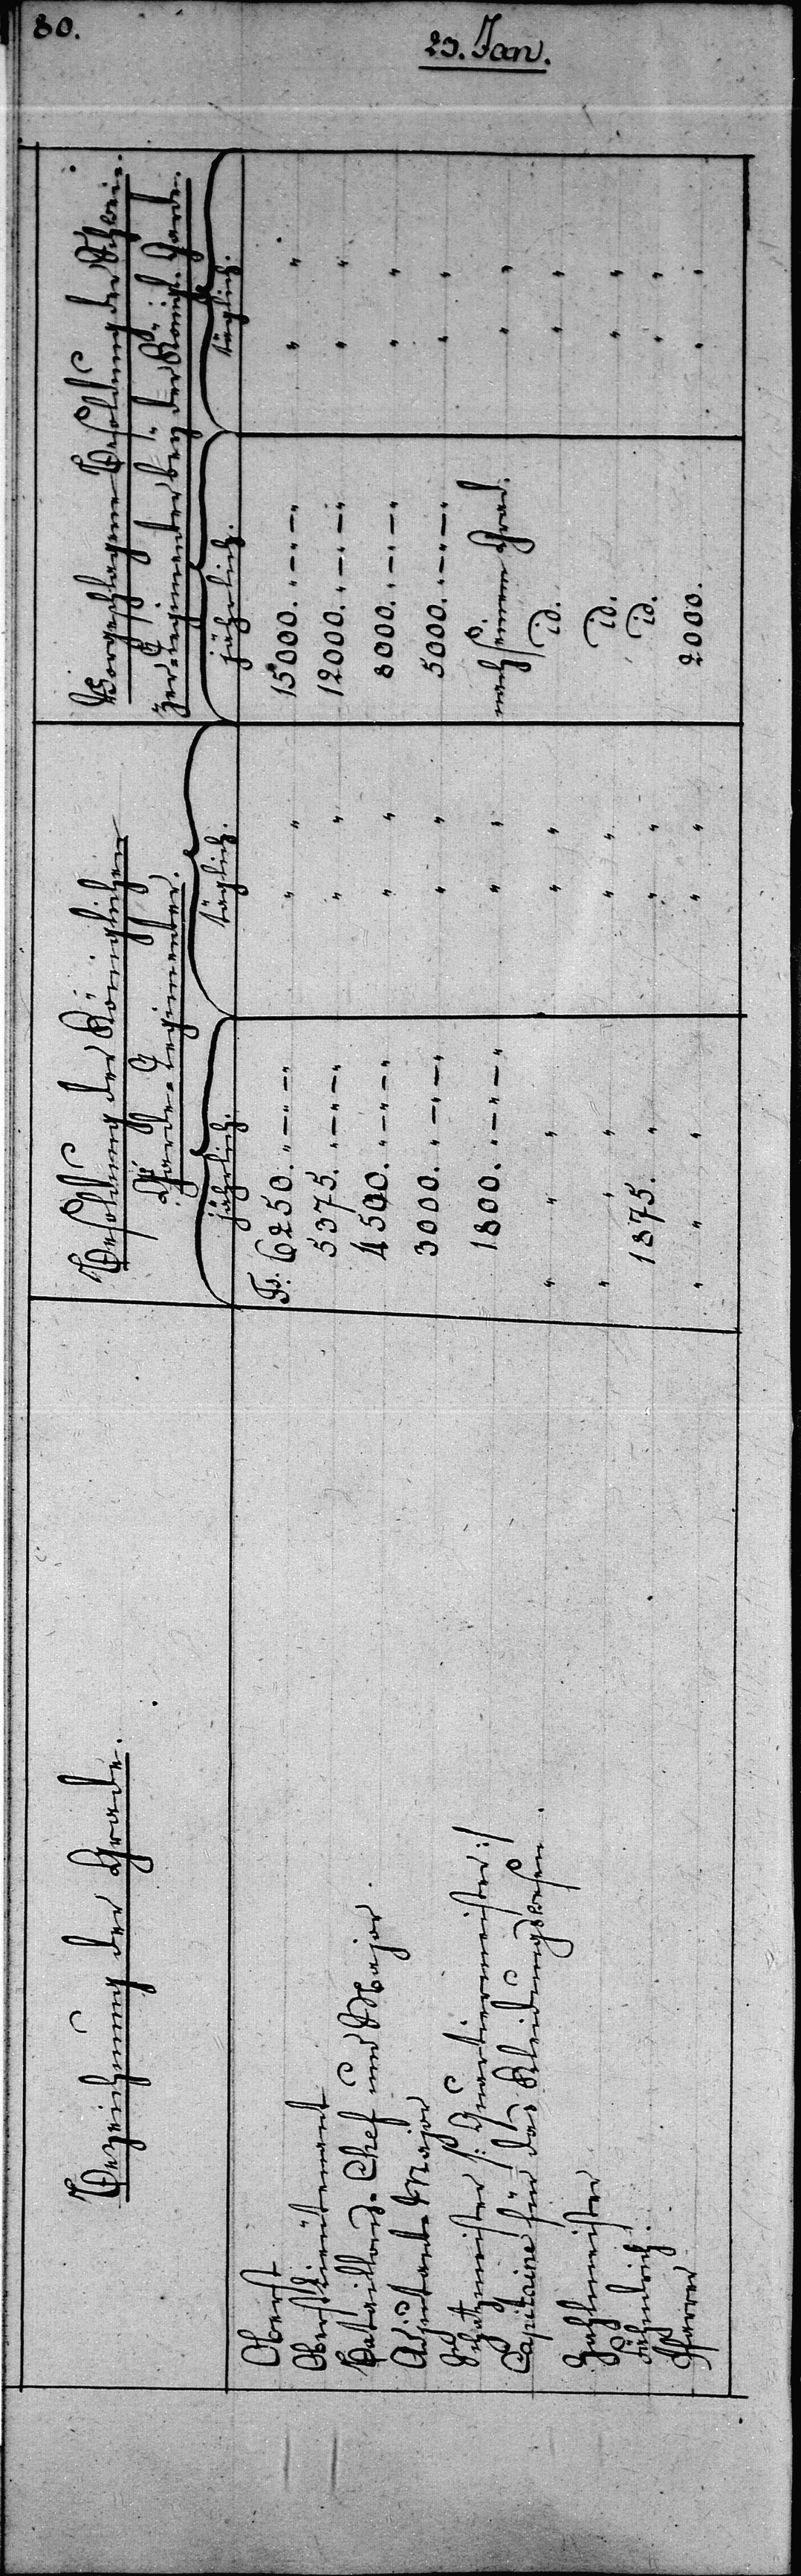
2000.

–
–
“
id.
das

l.
Zahlmeister
Garde.

tiermei¬

6250.
–
–
5375.
1875.
Grad.
der

rer
id.